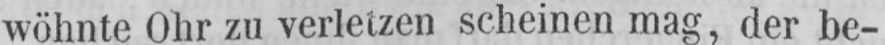
wöhnte Ohr zu verletzen scheinen mag, der be-